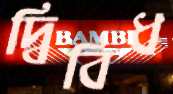
দ্বিবিধ